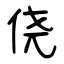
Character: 侥